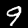
Label: 9